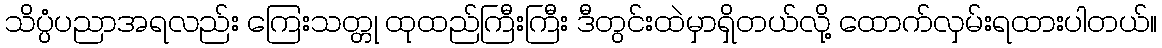
သိပ္ပံပညာအရလည်း ကြေးသတ္တု ထုထည်ကြီးကြီး ဒီတွင်းထဲမှာရှိတယ်လို့ ထောက်လှမ်းရထားပါတယ်။